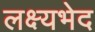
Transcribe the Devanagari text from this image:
लक्ष्यभेद